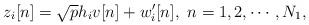
LaTeX: \begin{align*}z_i[n] = \sqrt{p}h_iv[n] + w_i'[n],\ n=1,2,\cdots,N_1,\end{align*}